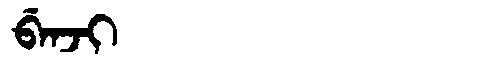
Manchu: ᠪᡝᠨᠵᡳ
Romanization: BENJI